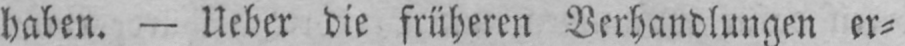
haben. - Ueber die früheren Verhandlungen er⸗